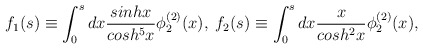
\begin{align*}f_{1}(s) \equiv \int^{s}_{0} dx \frac{sinh x}{cosh^{5}x} \phi^{(2)}_{2}(x), \;f_{2}(s) \equiv \int^{s}_{0} dx \frac{x}{cosh^{2}x} \phi^{(2)}_{2}(x),\end{align*}